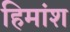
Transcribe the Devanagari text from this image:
हिमांश